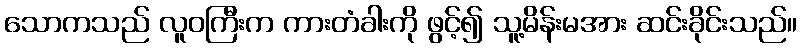
သောကသည် လူဝကြီးက ကားတံခါးကို ဖွင့်၍ သူ့မိန်းမအား ဆင်းခိုင်းသည်။